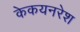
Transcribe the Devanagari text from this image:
केकयनरेश